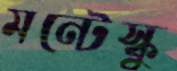
মন্টেস্কু